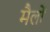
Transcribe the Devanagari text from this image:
मैलों